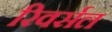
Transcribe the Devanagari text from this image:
रिवर्सल